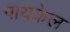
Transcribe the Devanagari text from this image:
पायकेल